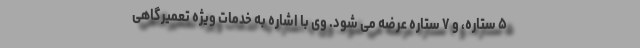
۵ ستاره، و ۷ ستاره عرضه می شود. وی با اشاره به خدمات ویژه تعمیرگاهی